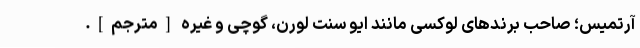
آرتمیس؛ صاحب برندهای لوکسی مانند ایو سنت لورن، گوچی و غیره [مترجم].